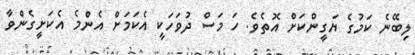
ލިބޭނެ ކަމުގެ ޔަގީންކަށް އޮތެވެ. ހަ މަސް ދުވަހަކީ އެކަމަށް އެންމެ އެކަށީގެންވާ